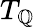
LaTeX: T_{\mathbb{Q}}